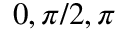
0 , \pi / 2 , \pi